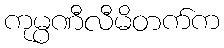
ကုမ္ပဏီလီမိတက်က